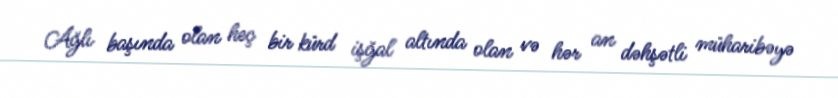
Ağlı başında olan heç bir kürd işğal altında olan və hər an dəhşətli müharibəyə